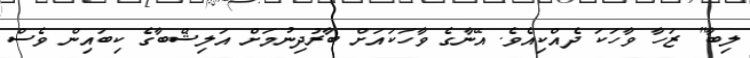
ލިބާ" ޒަހާ ވާހަކަ ދެއްކިއެވެ. އޭނާގެ ވާހަކައަށް ބާރުދިނުމަށް އަލިޝްބާގެ ކިބައިން ވެސް